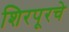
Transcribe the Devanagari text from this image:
शिरपूरचे